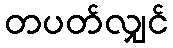
တပတ်လျှင်